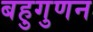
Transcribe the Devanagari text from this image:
बहुगुणन